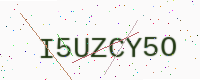
Text: I5UZCY5O